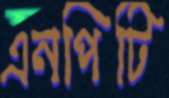
এনপিটি